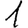
Digit: 1